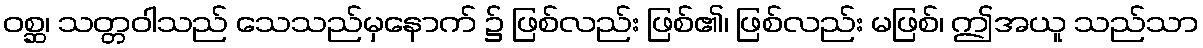
ဝစ္ဆ၊ သတ္တဝါသည် သေသည်မှနောက် ၌ ဖြစ်လည်း ဖြစ်၏၊ ဖြစ်လည်း မဖြစ်၊ ဤအယူ သည်သာ